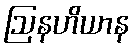
ဩနဟိယာန